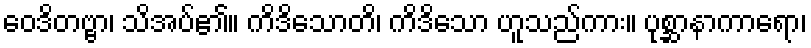
ဝေဒိတဗ္ဗာ၊ သိအပ်၏။ ကိဒိသောတိ၊ ကိဒိသော ဟူသည်ကား။ ပုစ္ဆာနာကာရော၊